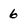
Character: 6